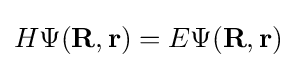
H\Psi (\mathbf {R} ,\mathbf {r} )=E\Psi (\mathbf {R} ,\mathbf {r} )